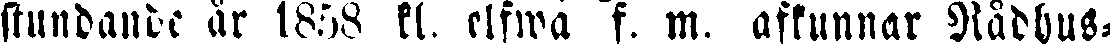
stundande år 1853 kl. elfwa f. m. afkunnar Rådhus-